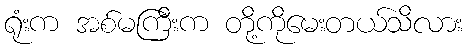
ရုံးက အစ်မကြီးက တို့ကိုမေးတယ်သိလား